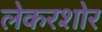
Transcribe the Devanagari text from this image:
लेकरशोर